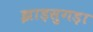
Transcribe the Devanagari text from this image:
झाड़सुगड़ा